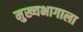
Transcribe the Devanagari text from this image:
मुख्यभागाला